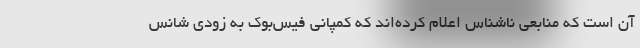
آن است که منابعی ناشناس اعلام کرده‌اند که کمپانی فیس‌بوک به زودی شانس